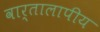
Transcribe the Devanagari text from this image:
वार्तालापीय